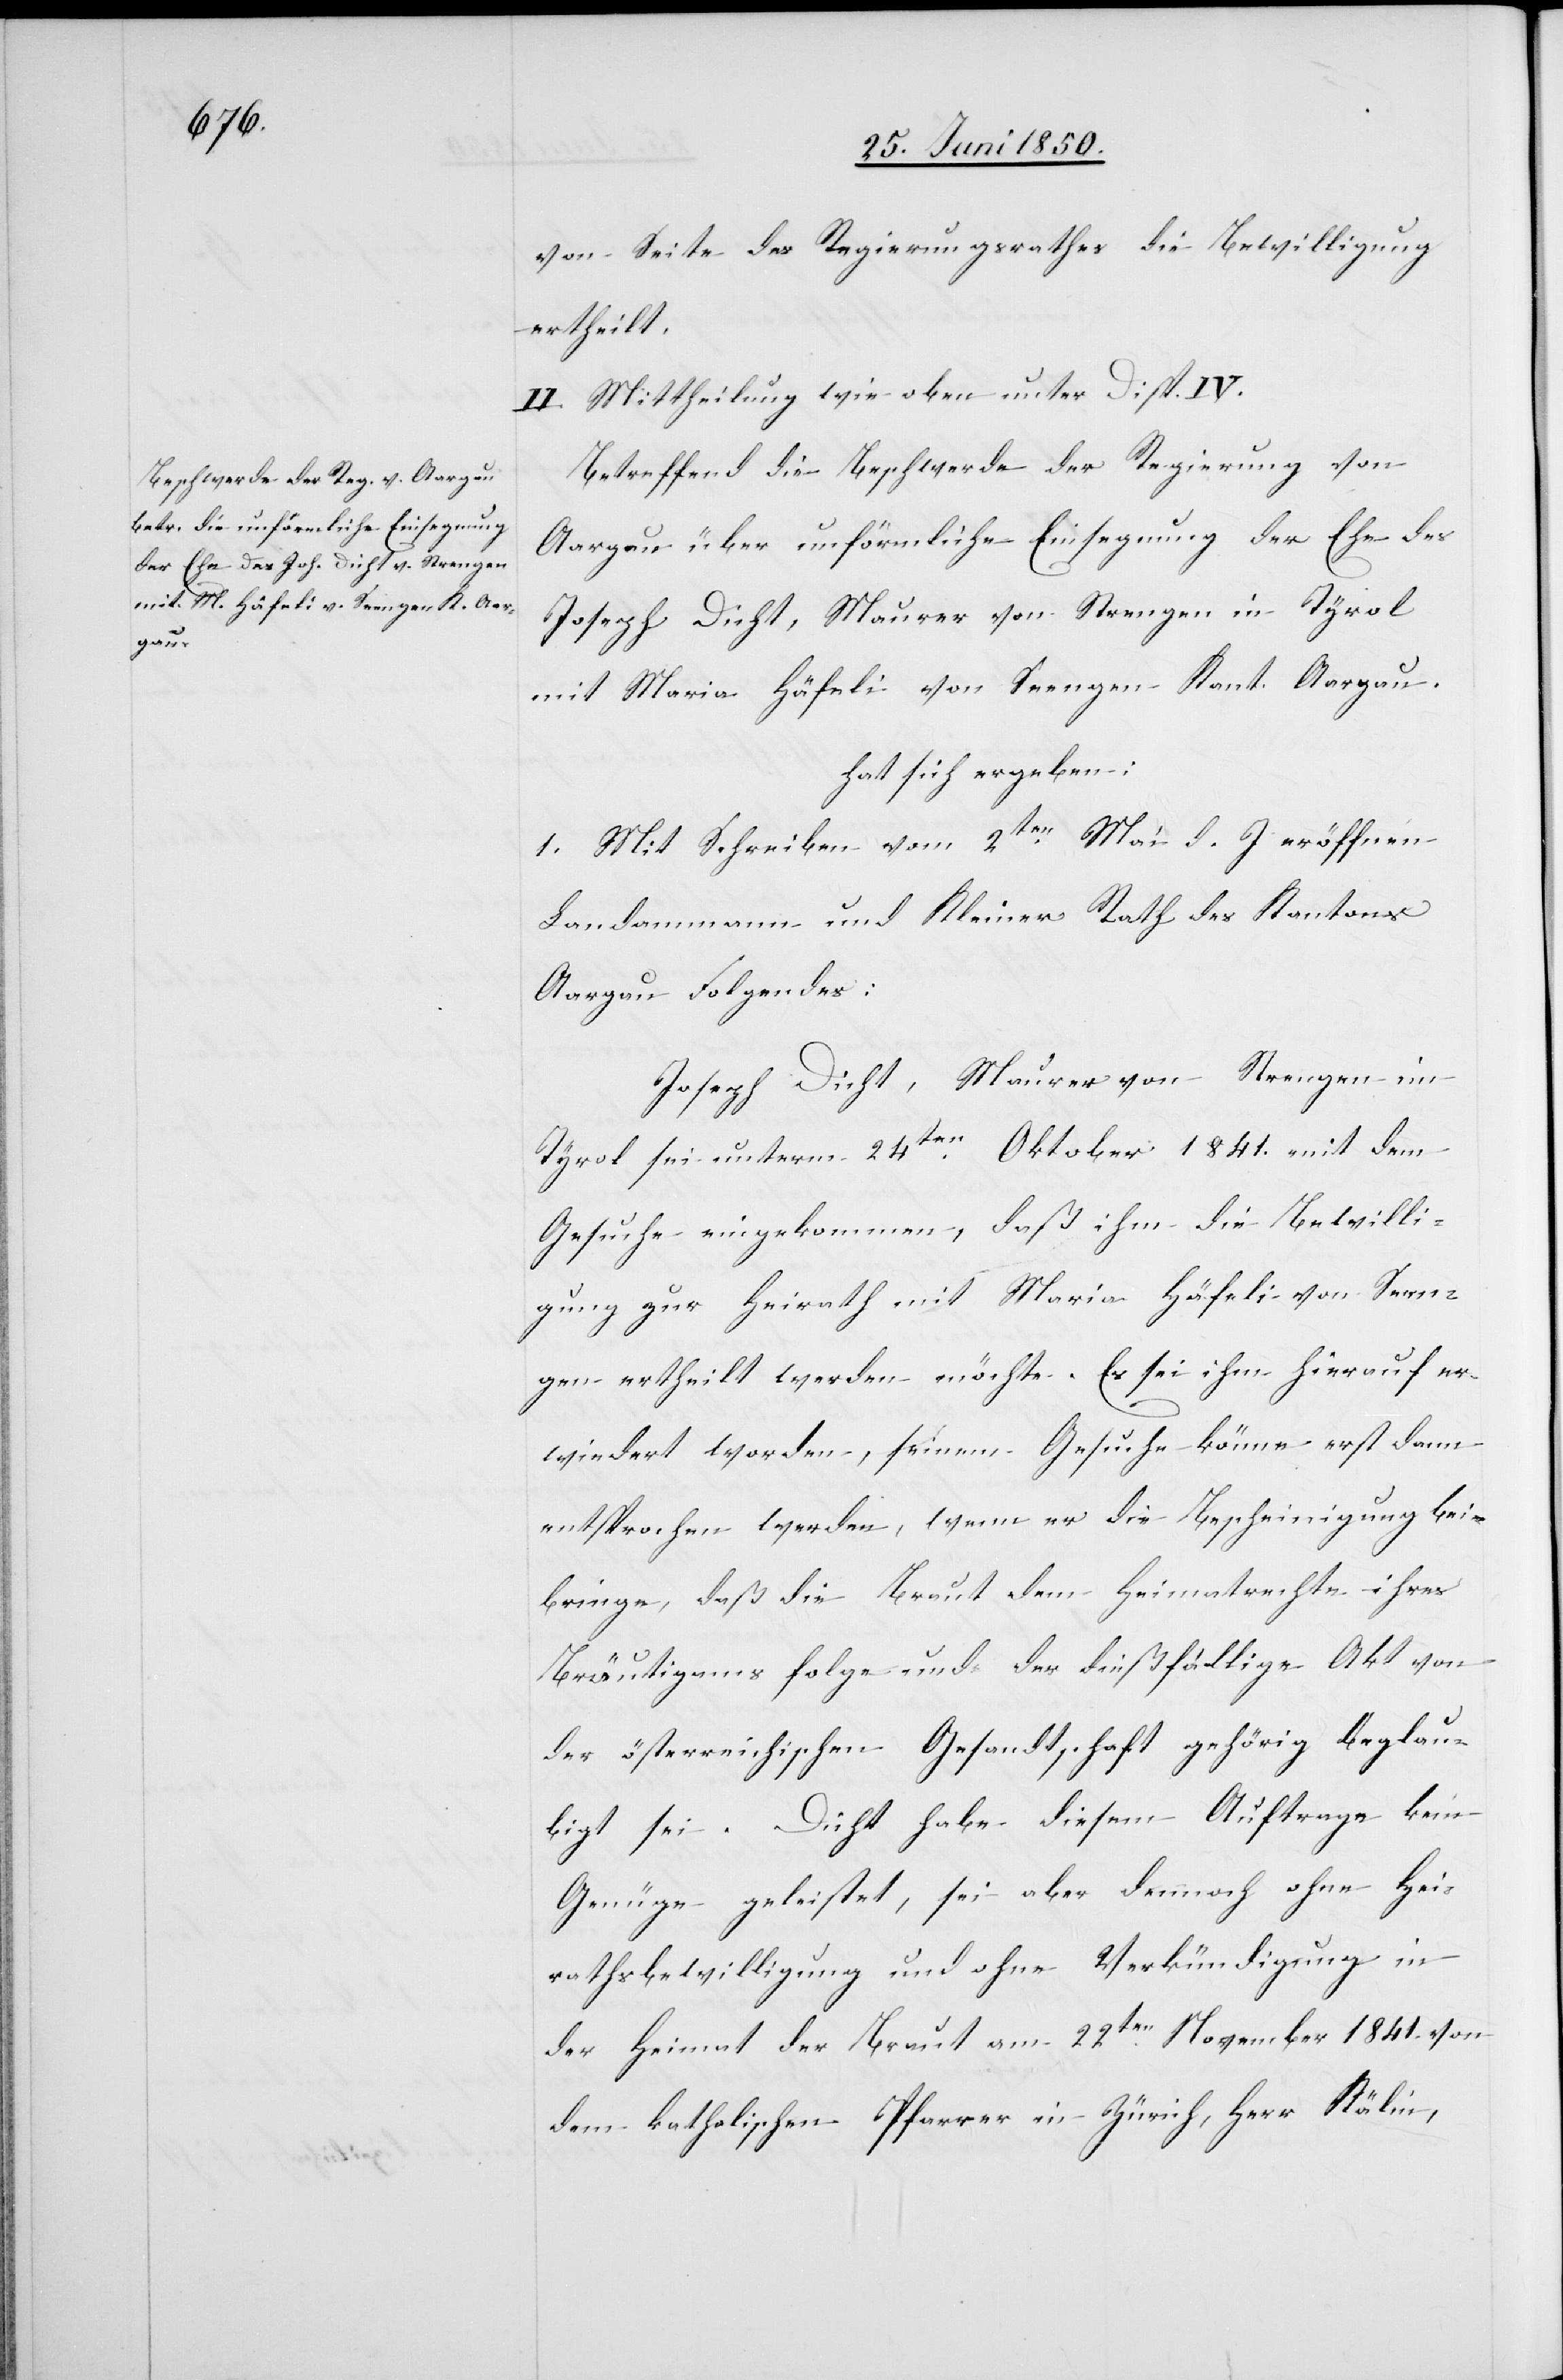
Betreffend die Beschwerde der Regierung von
Aargau über unförmliche Einsegnung der Ehe des
Joseph Dicht, Maurer von Strengen in Tyrol
mit Maria Häfeli von Seengen Kant. Aargau.
hat sich ergeben:
1. Mit Schreiben vom 2ten Mai d. J eröffnen
Landammann und Kleiner Rath des Kantons
Aargau Folgendes:
Joseph Dicht, Maurer von Strengen im
Tyrol sei unterm 24ten Oktober 1841. mit dem
Gesuche eingekommen, daß ihm die Bewilli¬
gung zur Heirath mit Maria Häfeli von Seen¬
gen ertheilt werden möchte. Es sei ihm hierauf er¬
wiedert worden, seinem Gesuche könne erst dann
entsprochen werden, wenn er die Bescheinigung bei¬
bringe, daß die Braut dem Heimatrechte ihres
Bräutigams folge und der dießfällige Akt von
der österreichischen Gesandtschaft gehörig beglau¬
bigt sei. Dicht habe diesem Auftrage kein
Genüge geleistet, sei aber dennoch ohne Hei¬
rathsbewilligung und ohne Verkündigung in
der Heimat der Braut am 22ten November 1841. von
dem katholischen Pfarrer in Zürich, Herr Kälin,